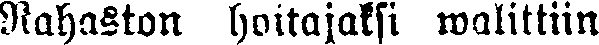
Rahaston hoitajaksi walittiin